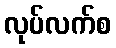
လုပ်လက်စ